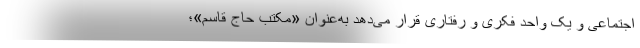
اجتماعی و یک واحد فکری و رفتاری قرار می‌دهد به‌عنوان «مکتب حاج قاسم»؛